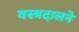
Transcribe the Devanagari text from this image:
वस्त्रदालने